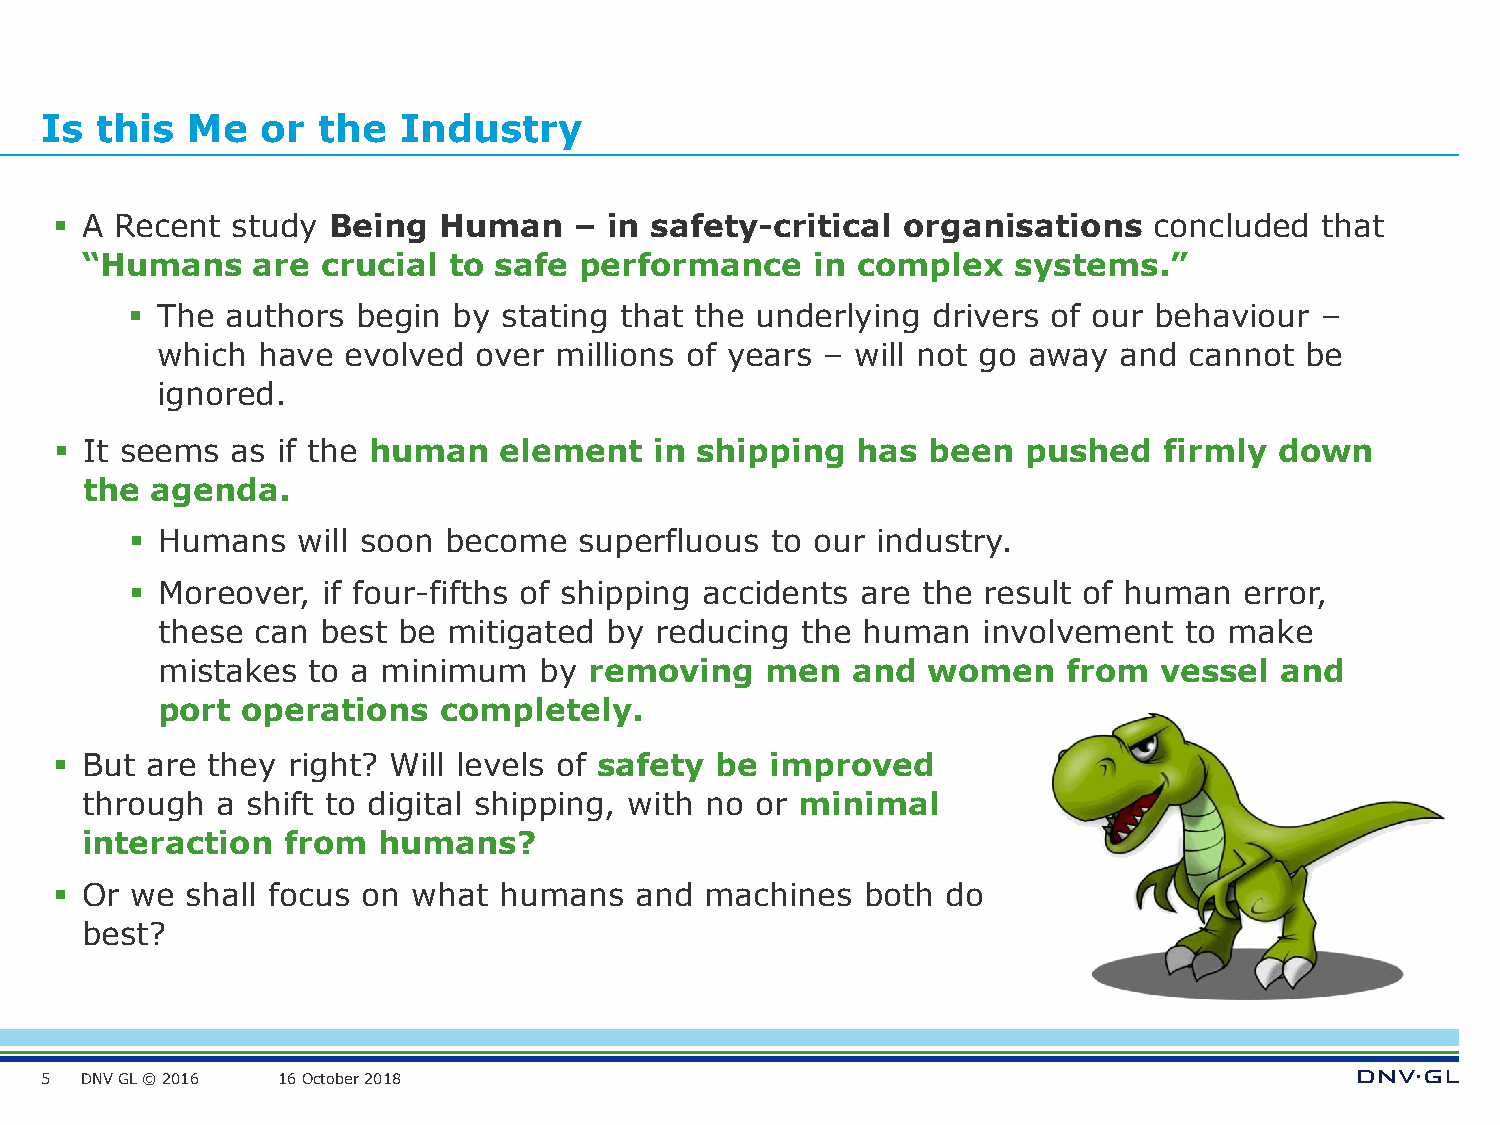
Is this  Me   or  the   Industry
 ▪ A  Recent study  Being  Human    – in safety-critical  organisations   concluded   that
 “Humans     are crucial  to safe performance     in complex   systems.”
 ▪ The  authors  begin by stating that the underlying  drivers of our behaviour –
 which  have  evolved over  millions of years – will not go away and  cannot be
 ignored.
 ▪ It seems as if the human   element   in shipping   has  been  pushed   firmly  down
 the  agenda.
 ▪ Humans   will soon become  superfluous  to our industry.
 ▪ Moreover, if four-fifths of shipping accidents are the result of human error,
 these  can best be  mitigated by reducing  the human   involvement  to make
 mistakes  to a minimum    by removing    men  and  women     from  vessel  and
 port  operations   completely.
 ▪ But  are they right? Will levels of safety be improved
 through  a shift to digital shipping, with no or minimal
 interaction   from  humans?
 ▪ Or  we shall focus on what  humans   and  machines  both  do
 best?
 5 DNV GL © 2016 16 October 2018